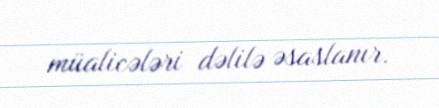
müalicələri dəlilə əsaslanır.